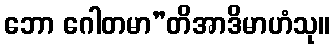
ဘော ဂေါတမာ”တိအာဒိမာဟံသု။